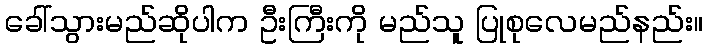
ခေါ်သွားမည်ဆိုပါက ဦးကြီးကို မည်သူ ပြုစုလေမည်နည်း။